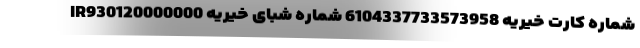
شماره کارت خیریه 6104337733573958 شماره شبای خیریه IR930120000000